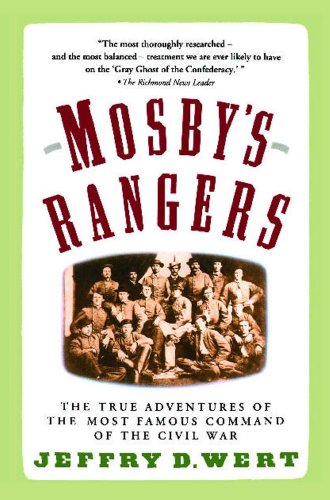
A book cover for Mosby's Rangers; Jeffry D. Wert; History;